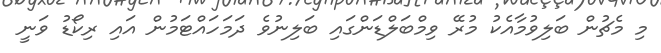
މި މެޗުން ބަލިވުމާއެކު މުރޭ ވިމްބަލްޑަންގައި ބަލިނުވެ ދަމަހައްޓަމުން އައި ރިކޯޑު ވަނީ